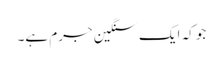
جو کہ ایک سنگین جرم ہے۔